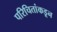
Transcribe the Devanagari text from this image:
परिचितांकडून